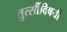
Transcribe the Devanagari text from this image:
तुत्‍सींविषयी